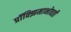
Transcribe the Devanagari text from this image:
प्रॉक्झिमाभोवती